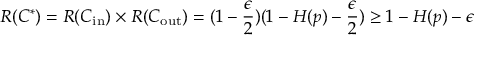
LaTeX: R ( C ^ { * } ) = R ( C _ { \mathrm { i n } } ) \times R ( C _ { \mathrm { o u t } } ) = ( 1 - { \frac { \epsilon } { 2 } } ) ( 1 - H ( p ) - { \frac { \epsilon } { 2 } } ) \geq 1 - H ( p ) - \epsilon